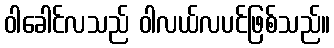
ဝါခေါင်လသည် ဝါလယ်လပင်ဖြစ်သည်။